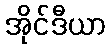
အိုင်ဒီယာ